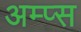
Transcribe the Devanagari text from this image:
अम्प्स